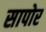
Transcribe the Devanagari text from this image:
सापोर